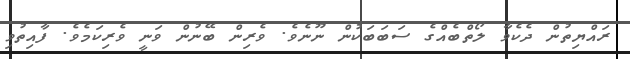
ރައްޔިތުން ދެކެވާ ލޯތްބެއްގެ ސަބަބަކުން ނޫނެވެ. ވެރިން ބޭނުން ވަނީ ވެރިކަމެވެ. ފާއިތުވި